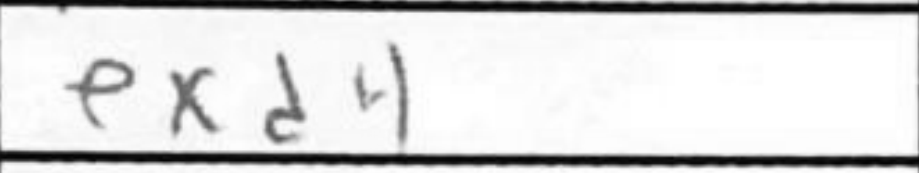
Transcription: exd4